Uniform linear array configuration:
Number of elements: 64
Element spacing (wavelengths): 0.75
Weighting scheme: uniform
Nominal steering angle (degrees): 15
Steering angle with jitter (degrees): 14.992
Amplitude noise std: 0.05
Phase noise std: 0.05

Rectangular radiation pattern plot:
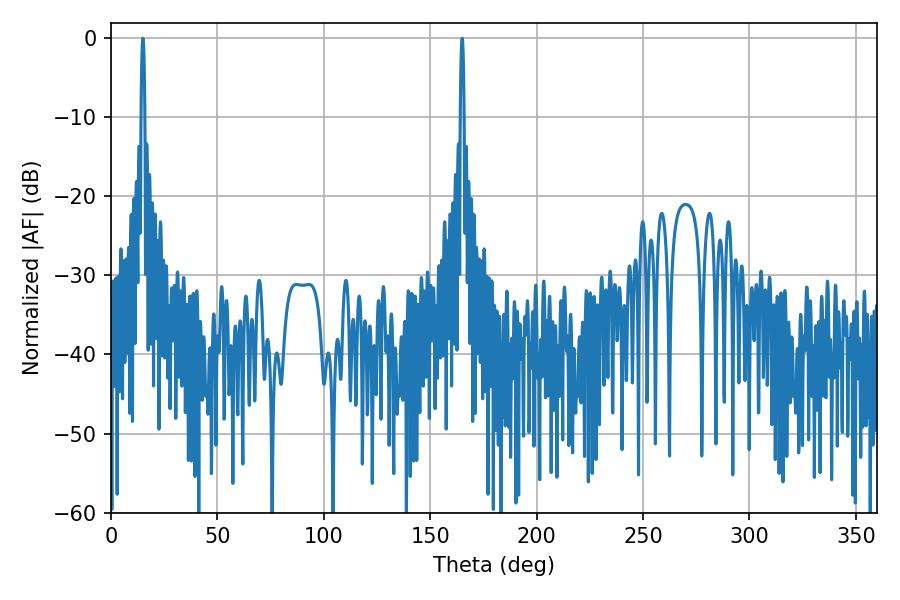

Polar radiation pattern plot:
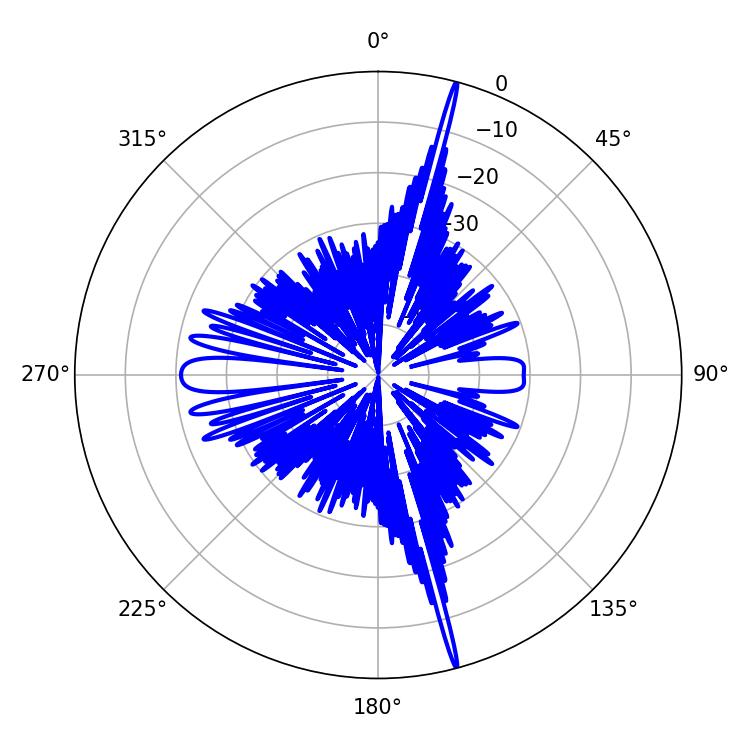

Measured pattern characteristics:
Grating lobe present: TRUE
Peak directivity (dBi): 23.559
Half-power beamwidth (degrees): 0.9
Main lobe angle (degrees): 14.94